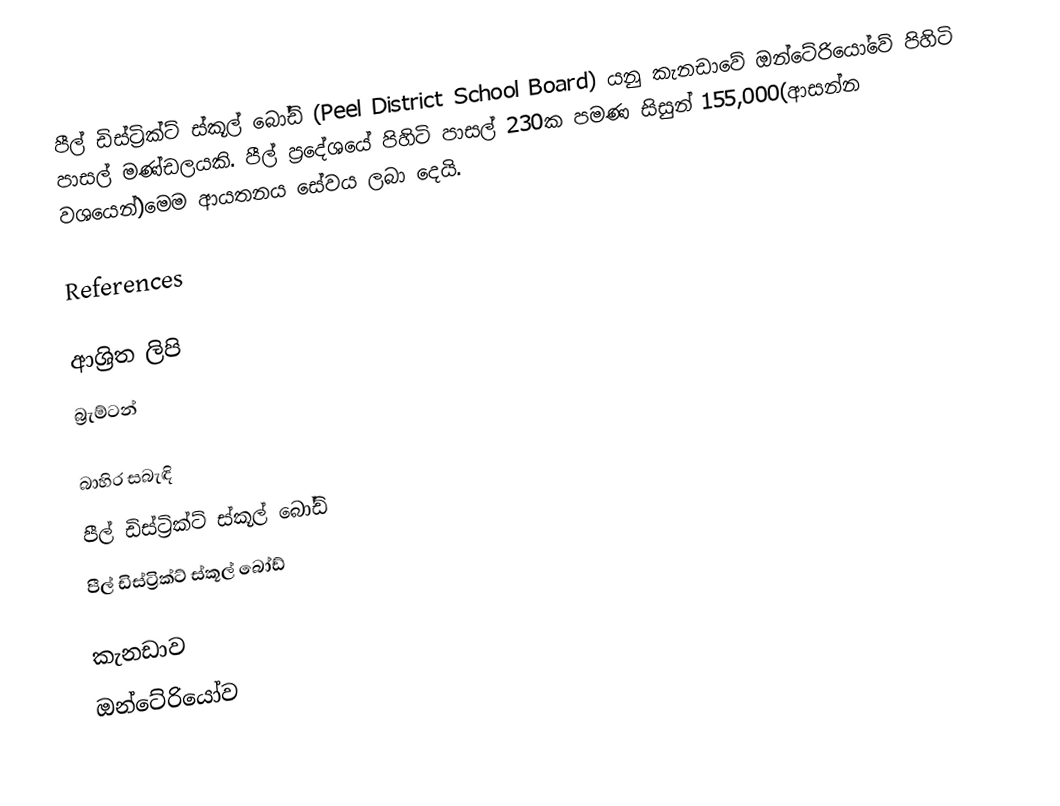
පීල් ඩිස්ට්‍රික්ට් ස්කූල් බෝඩ් (Peel District School Board) යනු කැනඩාවේ ඔන්ටේරියෝවේ පිහිටි පාසල් මණ්ඩලයකි. පීල් ප්‍රදේශයේ පිහිටි පාසල් 230ක පමණ සිසුන් 155,000(ආසන්න වශයෙන්)මෙම ආයතනය සේවය ලබා දෙයි.

References

ආශ්‍රිත ලිපි
 බ්‍රැම්ටන්

බාහිර සබැඳි
 පීල් ඩිස්ට්‍රික්ට් ස්කූල් බෝඩ්
 පීල් ඩිස්ට්‍රික්ට් ස්කූල් බෝඩ්

කැනඩාව
ඔන්ටේරියෝව